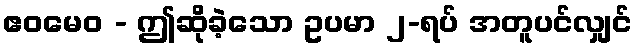
ဧဝမေဝ - ဤဆိုခဲ့သော ဥပမာ ၂-ရပ် အတူပင်လျှင်